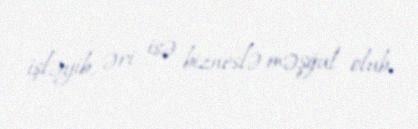
işləyib, əri isə bizneslə məşğul olub.